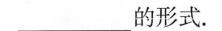
___的形式。